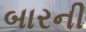
બારની